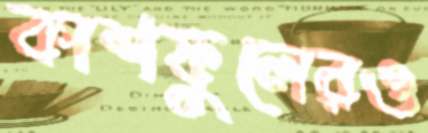
কাশফুলেরও